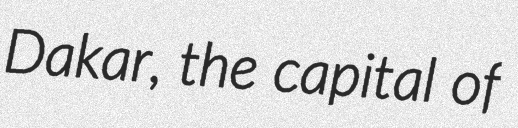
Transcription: Dakar, the capital of